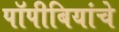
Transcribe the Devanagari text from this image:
पॉपीबियांचे